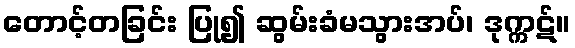
တောင့်တခြင်း ပြု၍ ဆွမ်းခံမသွားအပ်၊ ဒုက္ကဋ်။